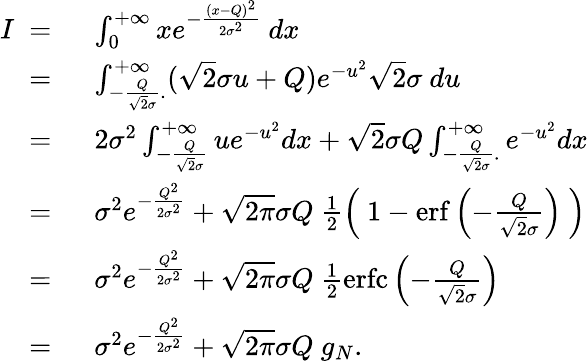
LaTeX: \begin{array}{rl}{I\ =\ }&{\int_{0}^{+\infty}xe^{-\frac{(x-Q)^{2}}{2\sigma^{2}}}\ dx}\\ {\ =\ }&{\int_{-\frac{Q}{\sqrt{2}\sigma}.}^{+\infty}(\sqrt{2}\sigma u+Q)e^{-u^{2}}\sqrt{2}\sigma\ du}\\ {\ =\ }&{2\sigma^{2}\int_{-\frac{Q}{\sqrt{2}\sigma}}^{+\infty}ue^{-u^{2}}dx+\sqrt{2}\sigma Q\int_{-\frac{Q}{\sqrt{2}\sigma}.}^{+\infty}e^{-u^{2}}dx}\\ {\ =\ }&{\sigma^{2}e^{-\frac{Q^{2}}{2\sigma^{2}}}+\sqrt{2\pi}\sigma Q\ \frac{1}{2}\left(\ 1-\mathrm{erf}\left(-\frac{Q}{\sqrt{2}\sigma}\right)\ \right)}\\ {\ =\ }&{\sigma^{2}e^{-\frac{Q^{2}}{2\sigma^{2}}}+\sqrt{2\pi}\sigma Q\ \frac{1}{2}\mathrm{erfc}\left(-\frac{Q}{\sqrt{2}\sigma}\right)}\\ {\ =\ }&{\sigma^{2}e^{-\frac{Q^{2}}{2\sigma^{2}}}+\sqrt{2\pi}\sigma Q\ g_{N}.}\end{array}